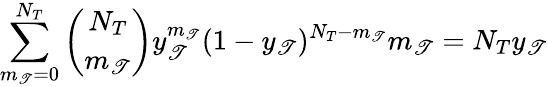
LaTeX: \sum_{m_{\mathscr{T}}=0}^{N_{T}}\binom{N_{T}}{m_{\mathscr{T}}}y_{\mathscr{T}}^{m_{\mathscr{T}}}(1-y_{\mathscr{T}})^{N_{T}-m_{\mathscr{T}}}m_{\mathscr{T}}=N_{T}y_{\mathscr{T}}